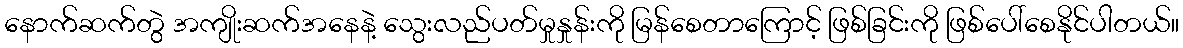
နောက်ဆက်တွဲ အကျိုးဆက်အနေနဲ့ သွေးလည်ပတ်မှုနှုန်းကို မြန်စေတာကြောင့် ဖြစ်ခြင်းကို ဖြစ်ပေါ်စေနိုင်ပါတယ်။